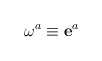
\begin{align*}\mathbf{\omega }^{a}\equiv \mathbf{e}^{a}\end{align*}